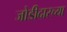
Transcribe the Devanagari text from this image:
जोडीदारच्या